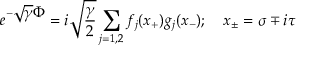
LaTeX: e ^ { - \displaystyle \sqrt { \gamma } \Phi } = { i \sqrt { \frac { \gamma } { 2 } } } \sum _ { j = 1 , 2 } f _ { j } ( x _ { + } ) g _ { j } ( x _ { - } ) ; \quad x _ { \pm } = \sigma \mp i \tau